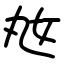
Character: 奿